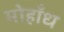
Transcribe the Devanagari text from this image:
मोहाँध